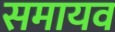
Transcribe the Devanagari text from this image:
समायव